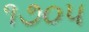
૧૭૦૫